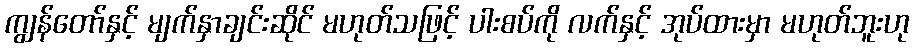
ကျွန်တော်နှင့် မျက်နှာချင်းဆိုင် မဟုတ်သဖြင့် ပါးစပ်ကို လက်နှင့် အုပ်ထားမှာ မဟုတ်ဘူးဟု